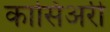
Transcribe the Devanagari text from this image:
कासिअरी